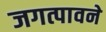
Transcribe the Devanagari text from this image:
जगत्पावने